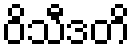
ဝိသီဒတိ